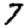
Digit: 7